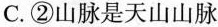
C.②山脉是天山山脉